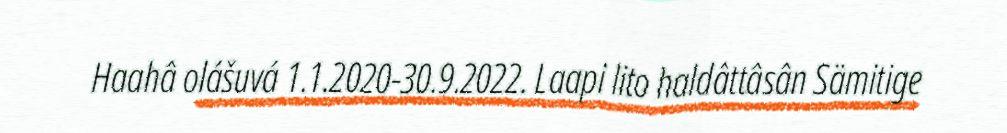
Haahâ olášuvá 1.1.2020-30.9.2022. Laapi lito haldâttâsân Sämitige